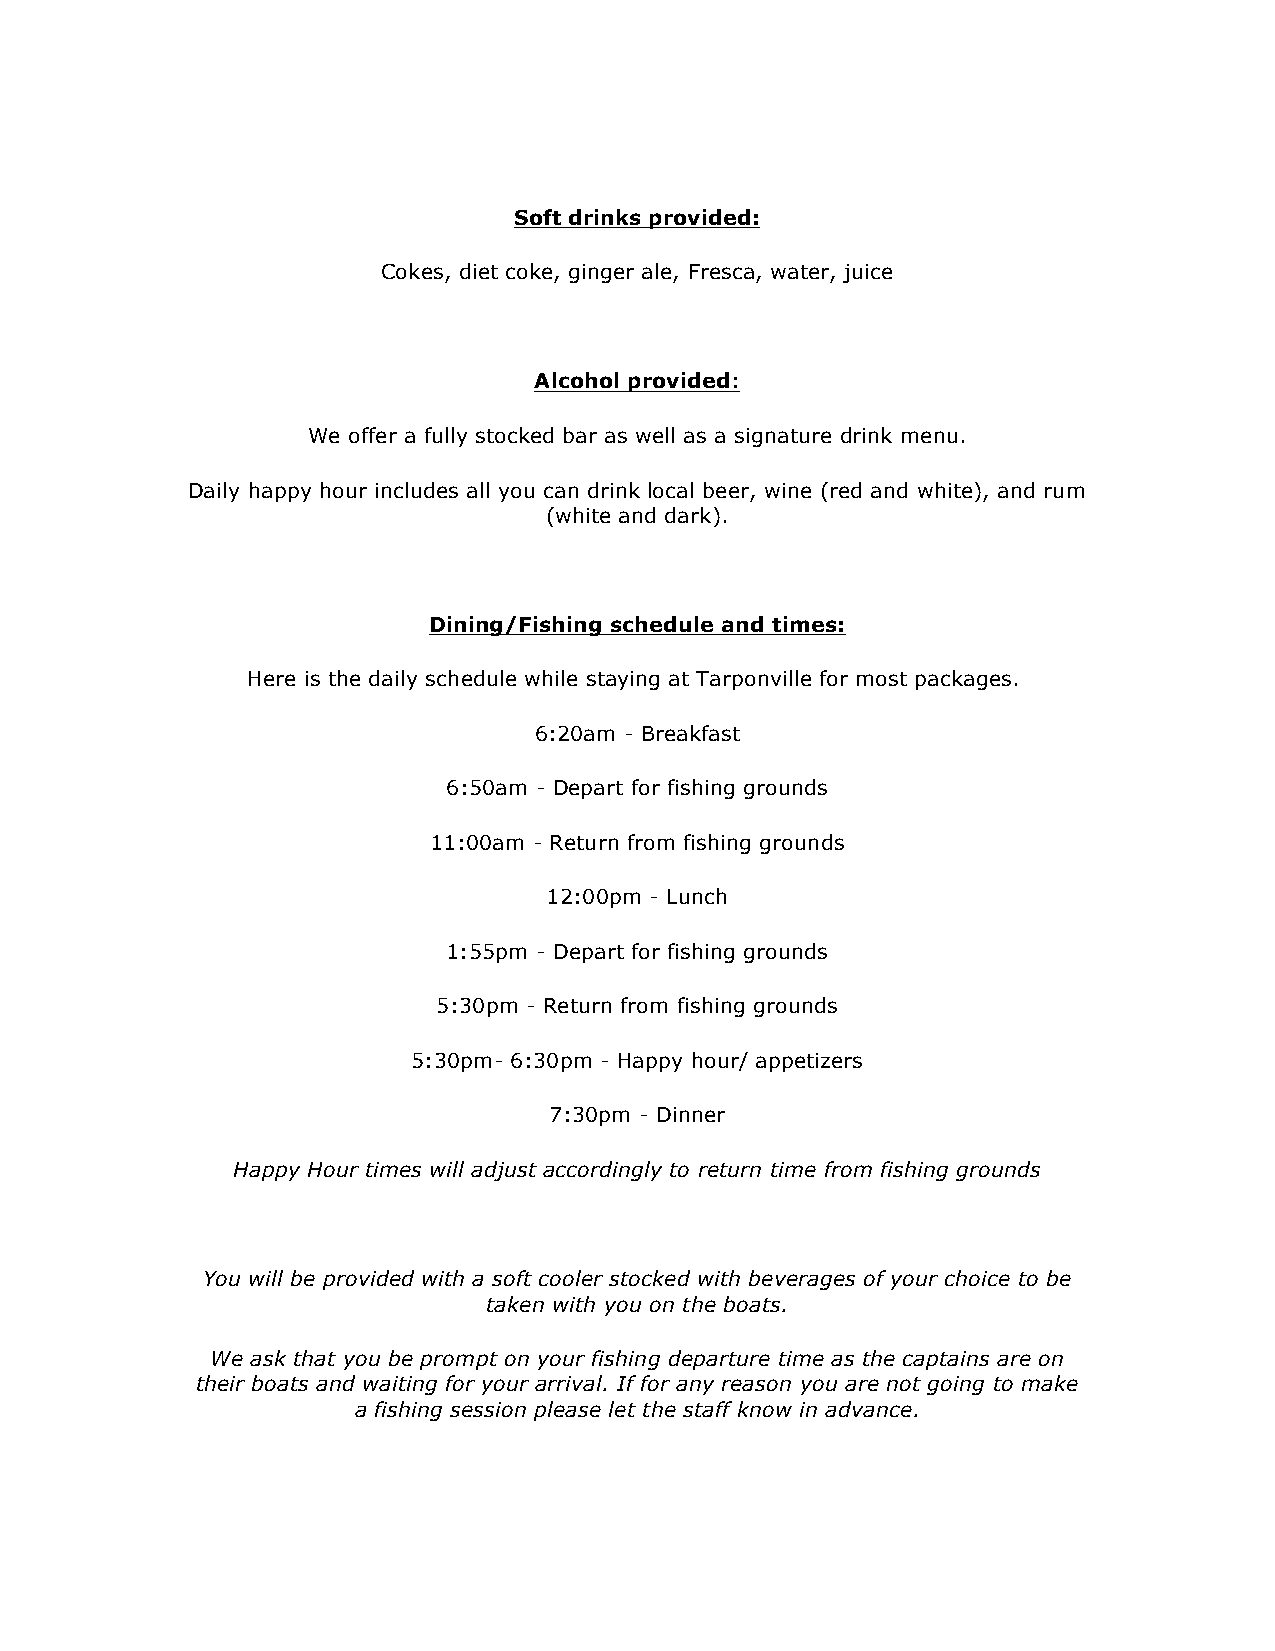
Soft drinks provided:
 Cokes, diet coke, ginger ale, Fresca, water, juice
 Alcohol provided:
 We offer a fully stocked bar as well as a signature drink menu.
 Daily happy hour includes all you can drink local beer, wine (red and white), and rum
 (white and dark).
 Dining/Fishing schedule and times:
 Here is the daily schedule while staying at Tarponville for most packages.
 6:20am - Breakfast
 6:50am - Depart for fishing grounds
 11:00am - Return from fishing grounds
 12:00pm - Lunch
 1:55pm - Depart for fishing grounds
 5:30pm - Return from fishing grounds
 5:30pm- 6:30pm - Happy hour/ appetizers
 7:30pm - Dinner
 Happy Hour times will adjust accordingly to return time from fishing grounds
 You will be provided with a soft cooler stocked with beverages of your choice to be
 taken with you on the boats.
 We ask that you be prompt on your fishing departure time as the captains are on
 their boats and waiting for your arrival. If for any reason you are not going to make
 a fishing session please let the staff know in advance.